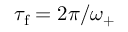
\tau _ { \mathrm { f } } = 2 \pi / \omega _ { + }